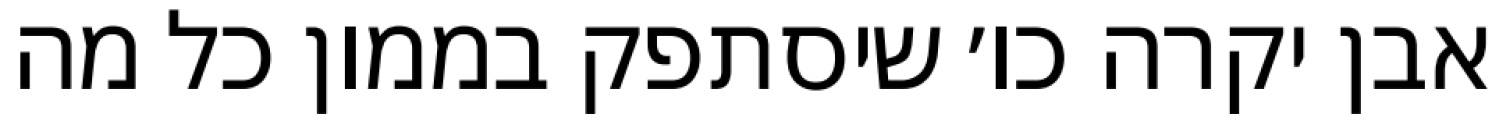
אבן יקרה כו׳ שיסתפק בממון כל מה